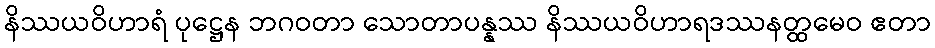
နိဿယဝိဟာရံ ပုဋ္ဌေန ဘဂဝတာ သောတာပန္နဿ နိဿယဝိဟာရဒဿနတ္ထမေဝ ဧတာ